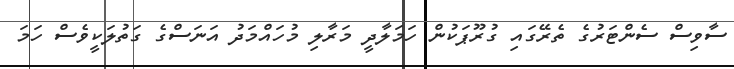
ސާވިސް ސެންޓަރުގެ ތެރޭގައި ގުރޫޕަކުން ހަމަލާދީ މަރާލި މުހައްމަދު އަނަސްގެ ގަތުލަކީވެސް ހަމަ